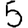
Digit: 5